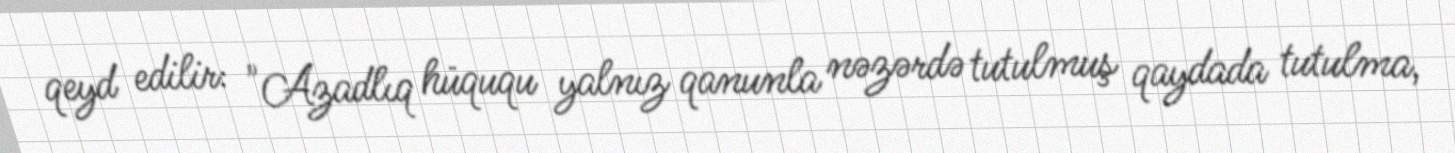
qeyd edilir: "Azadlıq hüququ yalnız qanunla nəzərdə tutulmuş qaydada tutulma,